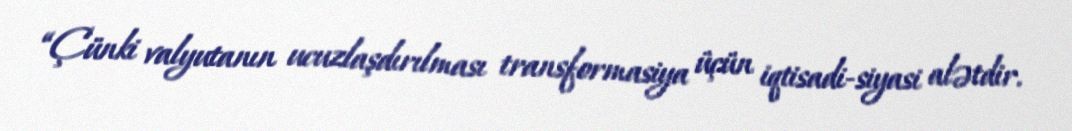
“Çünki valyutanın ucuzlaşdırılması transformasiya üçün iqtisadi-siyasi alətdir.